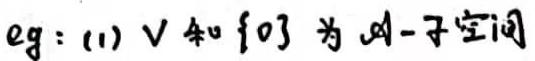
eg:(1) V和\{0\}为$\mathscr{A}-$子空间